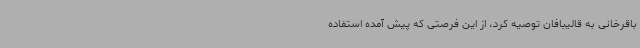
باقرخانی به قالیبافان توصیه کرد، از این فرصتی که پیش آمده استفاده